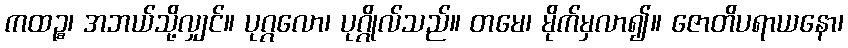
ကထဉ္စ၊ အဘယ်သို့လျှင်။ ပုဂ္ဂလော၊ ပုဂ္ဂိုလ်သည်။ တမေ၊ မိုက်မှလာ၍။ ဇောတိပရာယနော၊